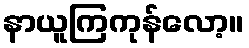
နာယူကြကုန်လော့။